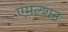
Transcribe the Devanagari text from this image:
एमल्शन